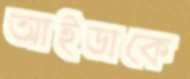
আইডাকে